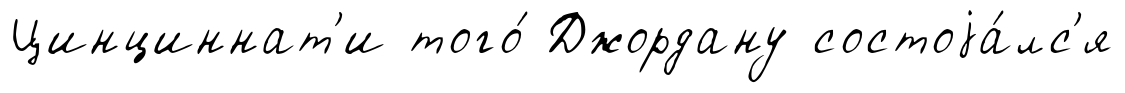
Цинциннат'и того́ Джордану состоjа́лс'я